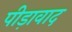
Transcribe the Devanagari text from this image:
पीड़ावाद